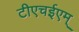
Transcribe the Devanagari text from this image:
टीएचईएम्